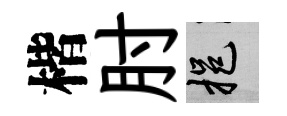
楷肘挹